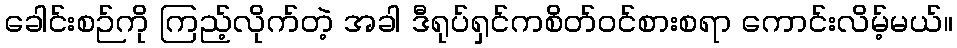
ခေါင်းစဉ်ကို ကြည့်လိုက်တဲ့ အခါ ဒီရုပ်ရှင်ကစိတ်ဝင်စားစရာ ကောင်းလိမ့်မယ်။